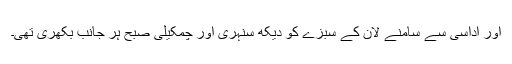
اور اداسی سے سامنے لان کے سبزے کو دیکھ سنہری اور چمکیلی صبح ہر جانب بکھری تھی۔